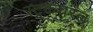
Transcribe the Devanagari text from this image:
स्ट्रकचरल